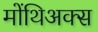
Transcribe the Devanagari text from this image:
मोंथिअक्स